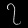
Digit: ၇